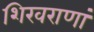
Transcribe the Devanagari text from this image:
शिखराणां